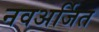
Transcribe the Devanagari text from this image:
नवअर्जित